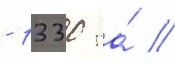
- 1330 га́ //